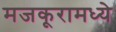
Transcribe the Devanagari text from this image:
मजकूरामध्ये